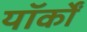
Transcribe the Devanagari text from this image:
यॉर्कों